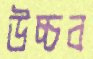
উচ্চব